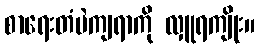
စာရေးတံမဲကျရာကို လှူရကျိုး။